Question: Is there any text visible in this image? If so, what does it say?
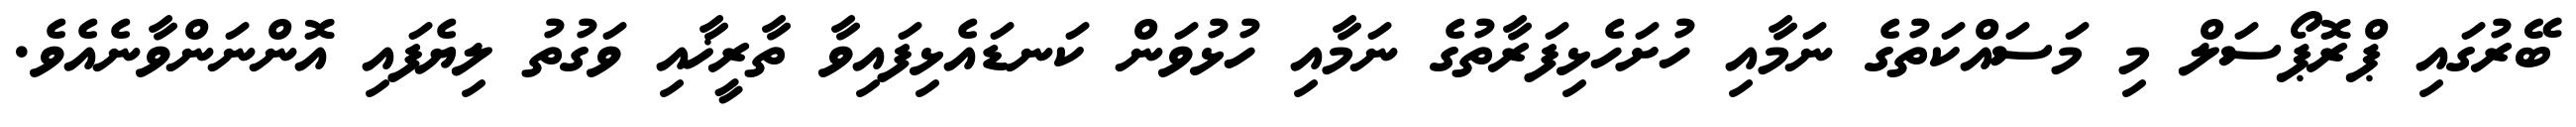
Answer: ބޭރުގައި ޕްރޮޕޯސަލް މި މަސައްކަތުގެ ނަމާއި ހުށަހެޅިފަރާތުގެ ނަމާއި ހުޅުވަން ކަނޑައެޅިފައިވާ ތާރީޚާއި ވަގުތު ލިޔެފައި އޮންނަންވާނެއެވެ.